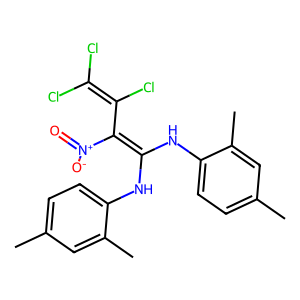
SMILES: Cc1ccc(NC(Nc2ccc(C)cc2C)=C(C(Cl)=C(Cl)Cl)[N+](=O)[O-])c(C)c1
Inhibits HIV replication: No